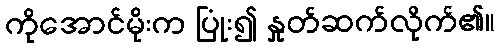
ကိုအောင်မိုးက ပြုံး၍ နှုတ်ဆက်လိုက်၏။